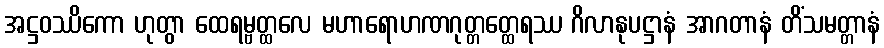
အဋ္ဌဝဿိကော ဟုတွာ ထေရမ္ဗတ္ထလေ မဟာရောဟဏဂုတ္တတ္ထေရဿ ဂိလာနုပဋ္ဌာနံ အာဂတာနံ တိံသမတ္တာနံ